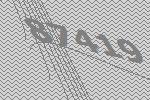
87419